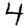
Digit: 4